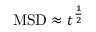
\mathrm { M S D } \approx t ^ { \frac { 1 } { 2 } }